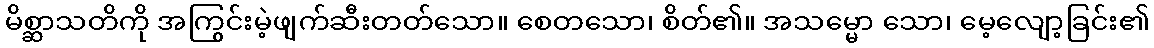
မိစ္ဆာသတိကို အကြွင်းမဲ့ဖျက်ဆီးတတ်သော။ စေတသော၊ စိတ်၏။ အသမ္မော သော၊ မေ့လျော့ခြင်း၏